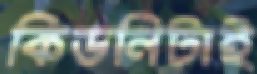
কিডনিটাই